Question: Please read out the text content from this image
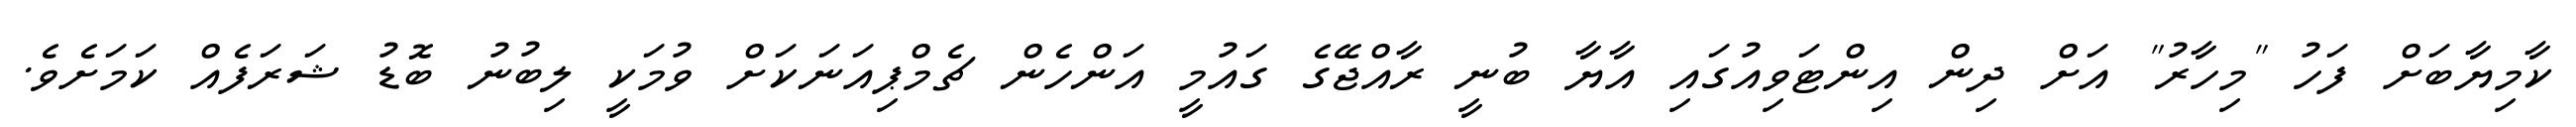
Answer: ކާމިޔާބަށް ފަހު "މިހާރު" އަށް ދިން އިންޓަވިއުގައި އާޔާ ބުނީ ރާއްޖޭގެ ގައުމީ އަންހެން ޗެމްޕިއަނަކަށް ވުމަކީ ލިބުނު ބޮޑު ޝަރަފެއް ކަމަށެވެ.